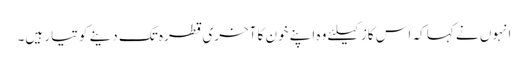
انہوں نے کہا کہ اس کاز کیلئے وہ اپنے خون کا آخری قطرہ تک دینے کو تیار ہیں۔